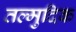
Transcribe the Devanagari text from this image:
तल्मुदिक